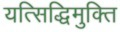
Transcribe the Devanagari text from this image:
यत्सिद्धिमुक्ति